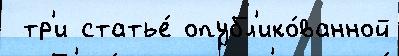
 тр'и статье́ опубл'ико́ванной